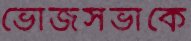
ভোজসভাকে